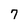
Character: 7